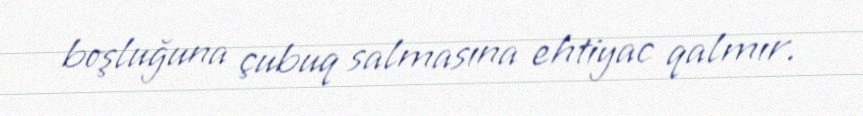
boşluğuna çubuq salmasına ehtiyac qalmır.